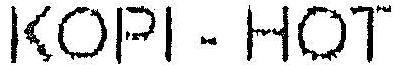
KOPI - HOT